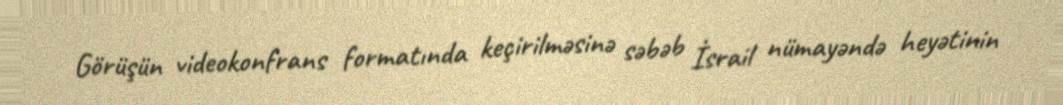
Görüşün videokonfrans formatında keçirilməsinə səbəb İsrail nümayəndə heyətinin